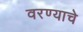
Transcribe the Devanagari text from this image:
वरण्याचे